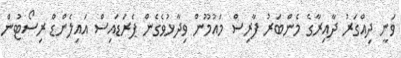
ވަނީ ދިއްގަރު ދާއިރާގެ މެންބަރު ފާރިސް މައުމޫން ވިދާޅުވެގެން ޕެރަޑައިސް އައިލެންޑް ރިސޯޓުން